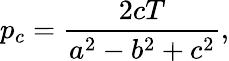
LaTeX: p_{c}={\frac{2cT}{a^{2}-b^{2}+c^{2}}},